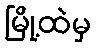
မြို့ထဲမှ